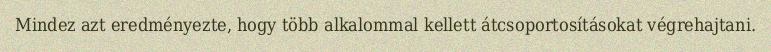
Mindez azt eredményezte, hogy több alkalommal kellett átcsoportosításokat végrehajtani.